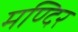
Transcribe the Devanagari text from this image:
मण्दिर